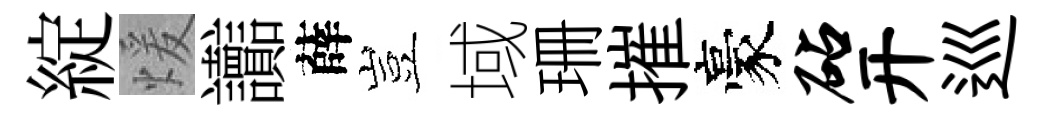
綻煖讟薛豈域珊摧豪砧开巡